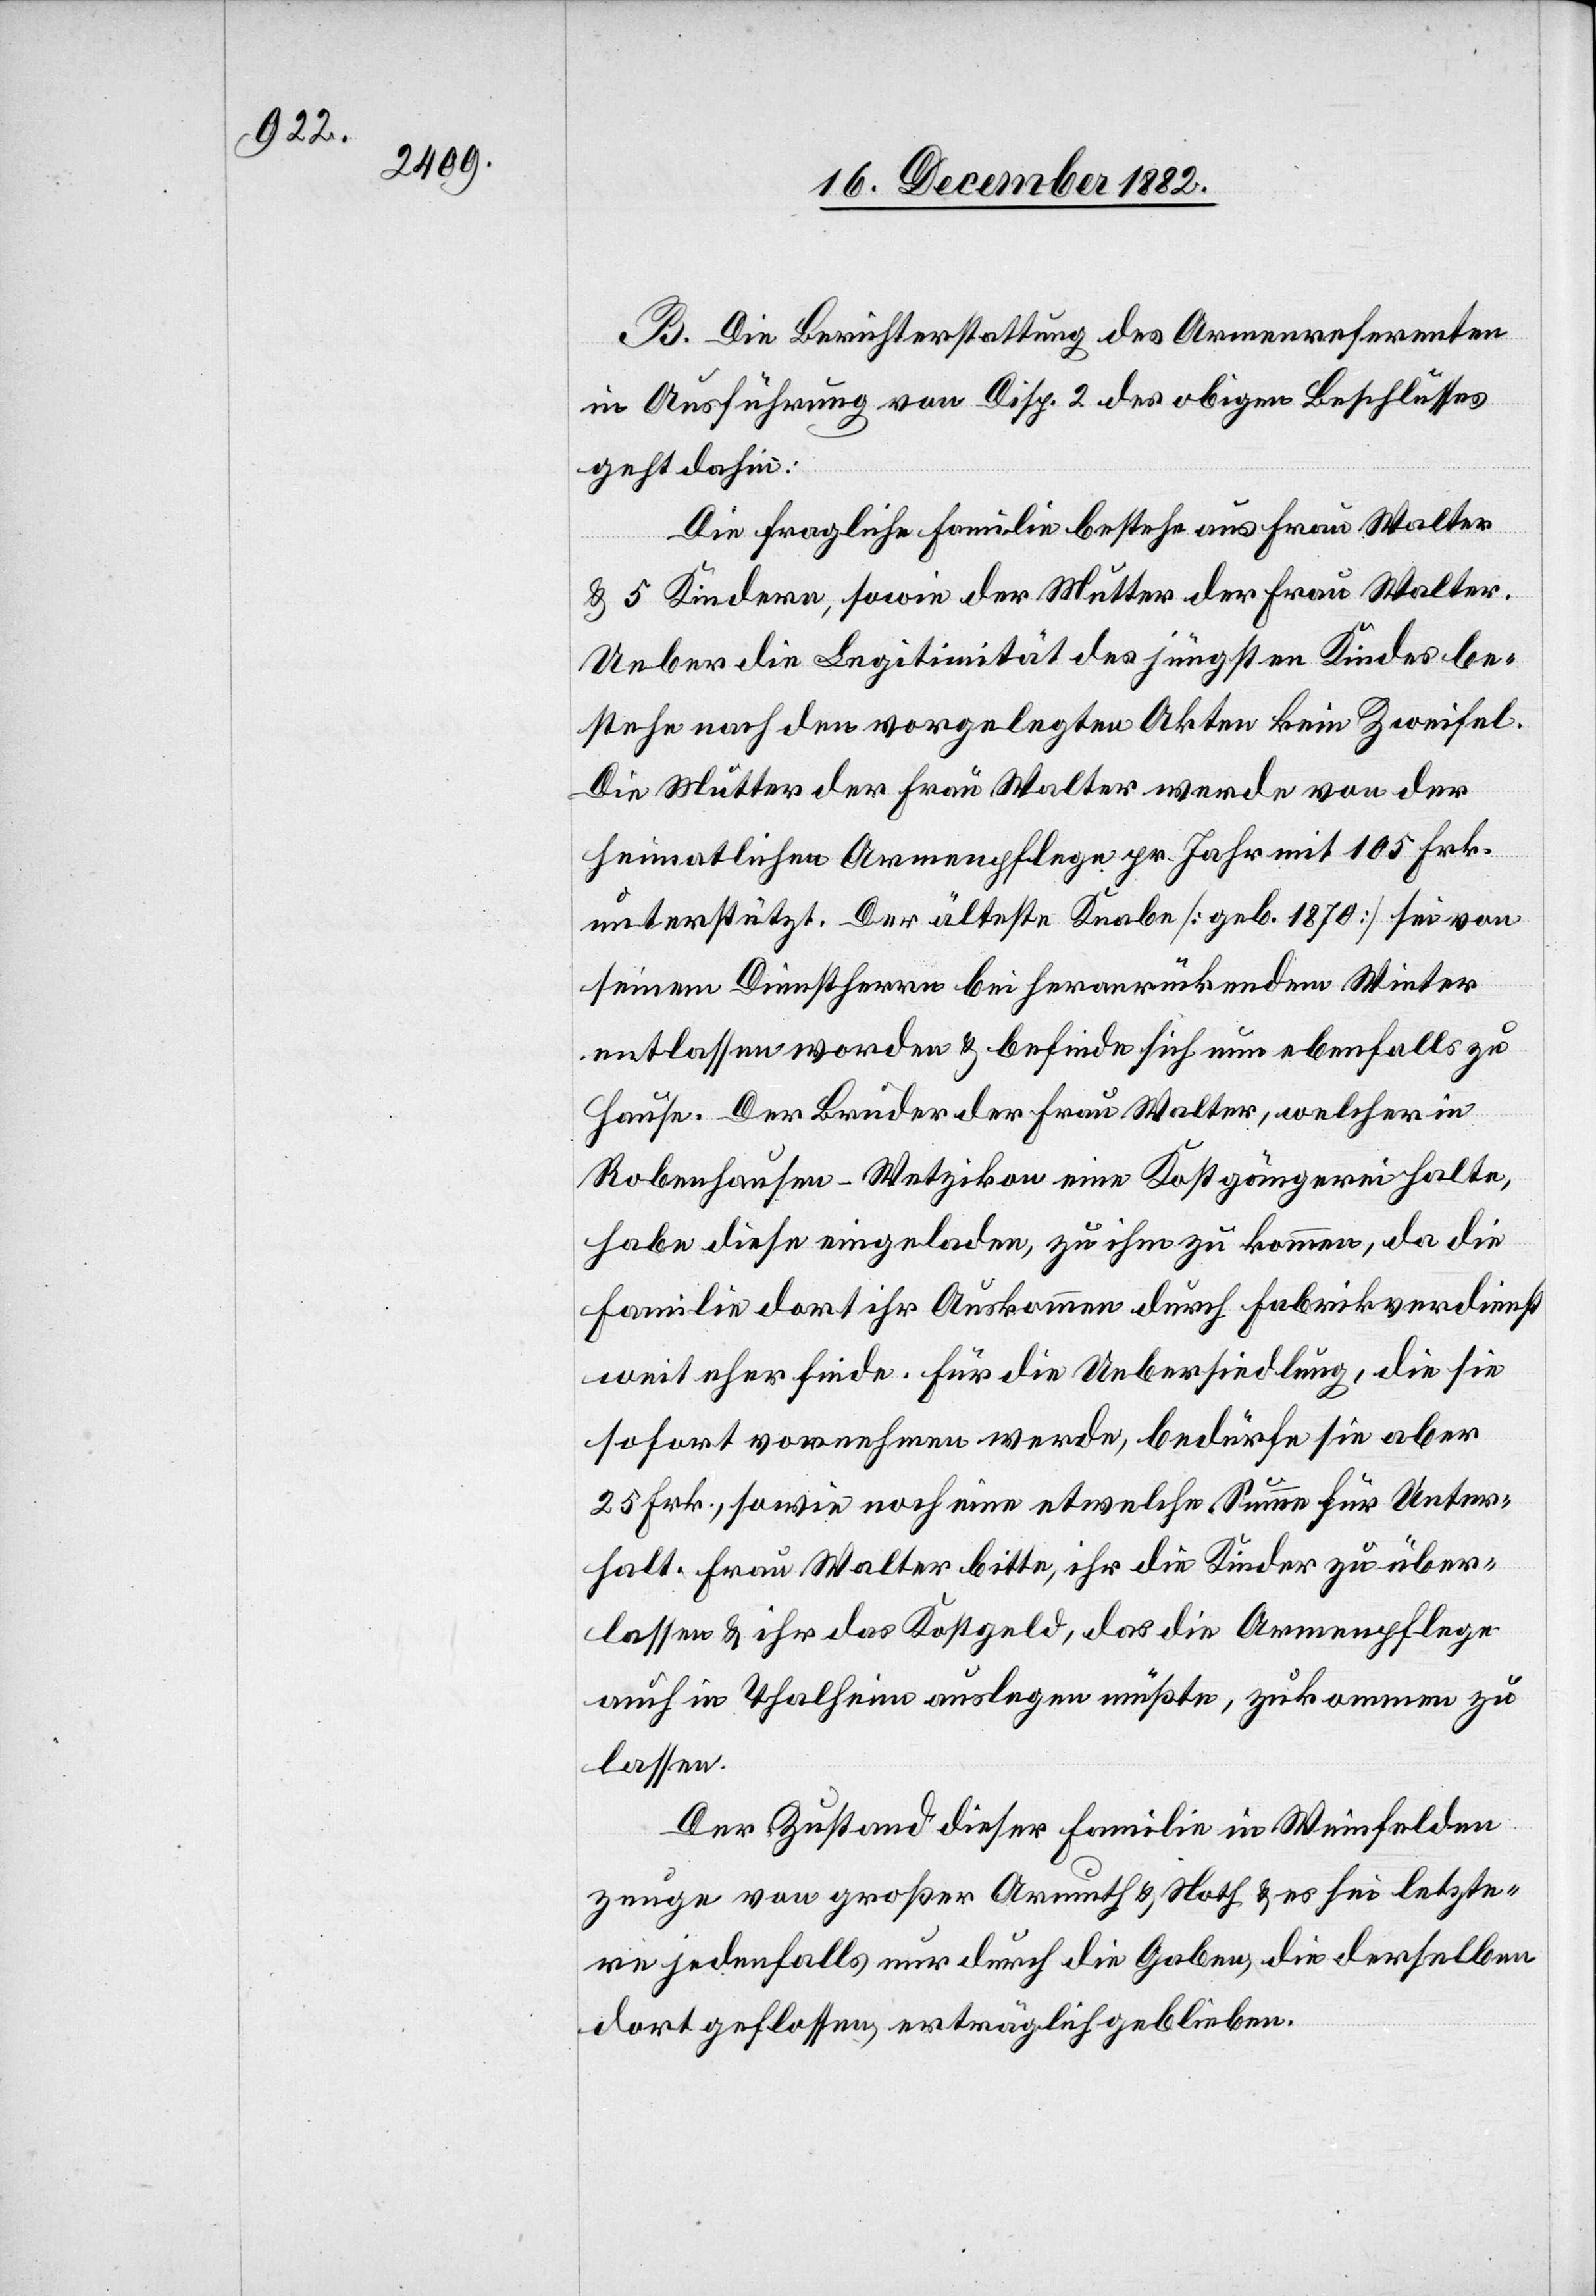
B. Die Berichterstattung des Armenreferenten
in Ausführung von Disp. 2 des obigen Beschlusses
geht dahin:
Die fragliche Familie bestehe aus Frau Walter
& 5 Kindern, sowie der Mutter der Frau Walter.
Ueber die Legitimität des jüngsten Kindes be¬
stehe nach den vorgelegten Akten kein Zweifel.
Die Mutter der Frau Walter werde von der
heimatlichen Armenpflege pr. Jahr mit 105 Frk.
unterstützt. Der älteste Knabe [geb. 1870] sei von
seinem Dienstherrn bei heranrückendem Winter
entlassen worden & befinde sich nun ebenfalls zu
Hause. Der Bruder der Frau Walter, welcher in
Robenhausen - Wetzikon eine Kostgängerei unterhalte,
habe diese eingeladen, zu ihm zu kommen, da die
Familie dort ihr Auskommen durch Fabrikverdienst
weit eher finde. Für die Uebersiedlung, die sie
sofort vornehmen werde, bedürfe sie aber
25 Frk., sowie noch eine etwelche Summe für Unter¬
halt. Frau Walter bitte, ihr die Kinder zu über¬
lassen & ihr das Kostgeld, das die Armenpflege
auch in Thalheim auslegen müßte, zukommen zu
lassen.
Der Zustand dieser Familie in Weinfelden
zeuge von großer Armuth & Noth & es sei letzte¬
re jedenfalls nur durch die Gaben, die derselben
dort geflossen, erträglich geblieben.